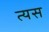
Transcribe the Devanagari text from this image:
त्यस